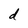
Character: d